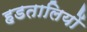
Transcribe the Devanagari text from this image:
हडतालियों